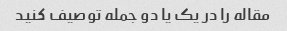
مقاله را در یک یا دو جمله توصیف کنید